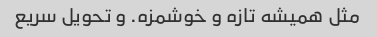
مثل همیشه تازه و خوشمزه. و تحویل سریع